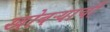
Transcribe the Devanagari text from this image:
खोबऱ्याची